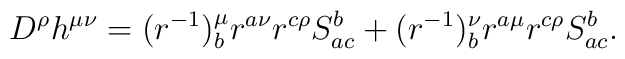
D^{\rho}h^{\mu \nu}=(r^{-1})^{\mu}_{b}r^{a \nu} r^{c \rho}S^{b}_{ac}+(r^{-1})^{\nu}_{b}r^{a \mu} r^{c \rho}S^{b}_{ac}.